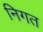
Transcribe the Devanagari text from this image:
निगत